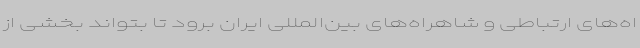
اه‌های ارتباطی و شاهراه‌های بین‌المللی ایران برود تا بتواند بخشی از